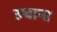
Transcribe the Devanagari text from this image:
उथाना